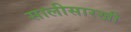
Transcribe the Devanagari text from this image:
सालीसारखी